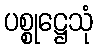
ပစ္စုဋ္ဌေသုံ